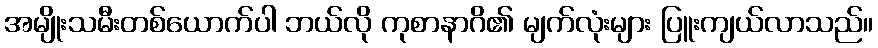
အမျိုးသမီးတစ်ယောက်ပါ ဘယ်လို ကုစာနာဂိ၏ မျက်လုံးများ ပြူးကျယ်လာသည်။